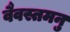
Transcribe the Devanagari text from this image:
वैवस्तमनु